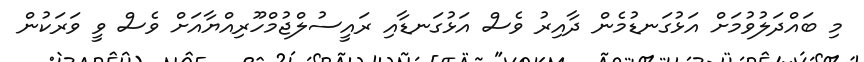
މި ބައްދަލުވުމަށް އަޅުގަނޑުމެން ދާއިރު ވެސް އަޅުގަނޑާއި ރައީސުލްޖުމްހޫރިއްޔާއަށް ވެސް ވީ ވަރަކުން